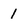
Character: 1